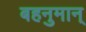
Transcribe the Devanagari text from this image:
बहनुमान्